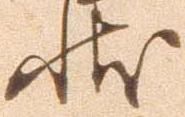
状